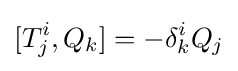
[T_{j}^{i},Q_{k}]=-\delta _{k}^{i}Q_{j}